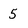
Character: 5